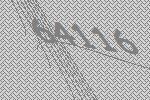
64116